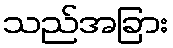
သည်အခြား